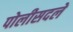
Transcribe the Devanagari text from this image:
पोलीसदले